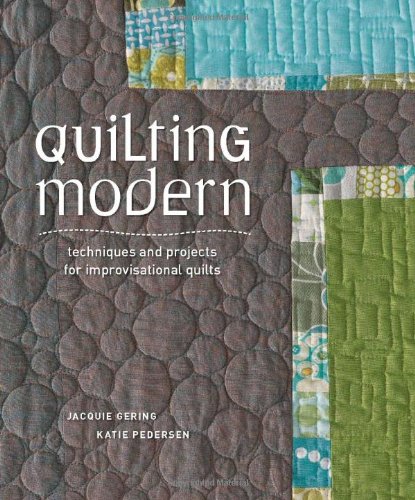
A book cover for Quilting Modern: Techniques and Projects for Improvisational Quilts; Jacquie Gering; Crafts, Hobbies & Home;